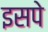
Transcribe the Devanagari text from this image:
इसपे